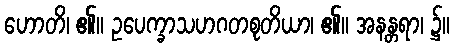
ဟောတိ၊ ၏။ ဥပေက္ခာသဟဂတစုတိယာ၊ ၏။ အနန္တရာ၊ ၌။